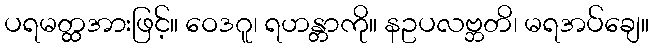
ပရမတ္ထအားဖြင့်။ ဝေဒဂူ၊ ရဟန္တာကို။ နဥပလဗ္ဘတိ၊ မရအပ်ချေ။